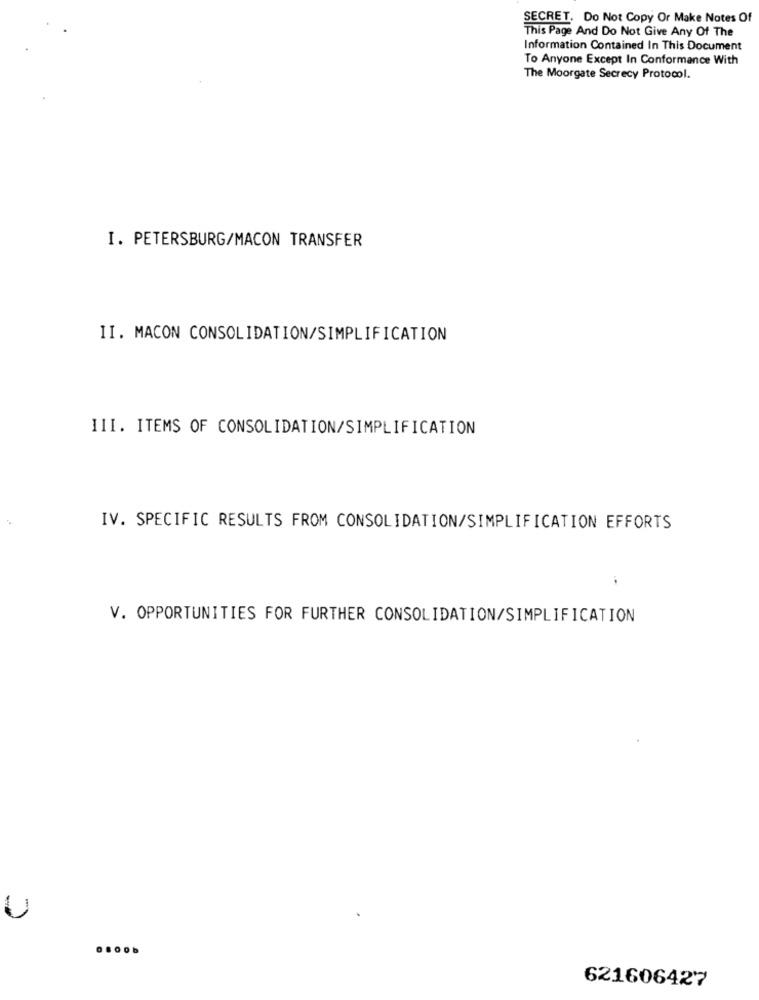
SECRET. Do Not Copy Or Make Notes Of
This Page And Do Not Give Any Of The
Information Contained In This Document
To Anyone Except In Conformance With
The Moorgate Secrecy Protocol.
I. PETERSBURG/MACON TRANSFER
II. MACON CONSOLIDATION/SIMPLIFICATION
III. ITEMS OF CONSOLIDATION/SIMPLIFICATION
IV. SPECIFIC RESULTS FROM CONSOLIDATION/SIMPLIFICATION EFFORTS
V. OPPORTUNITIES FOR FURTHER CONSOLIDATION/SIMPLIFICATION
U
621606427